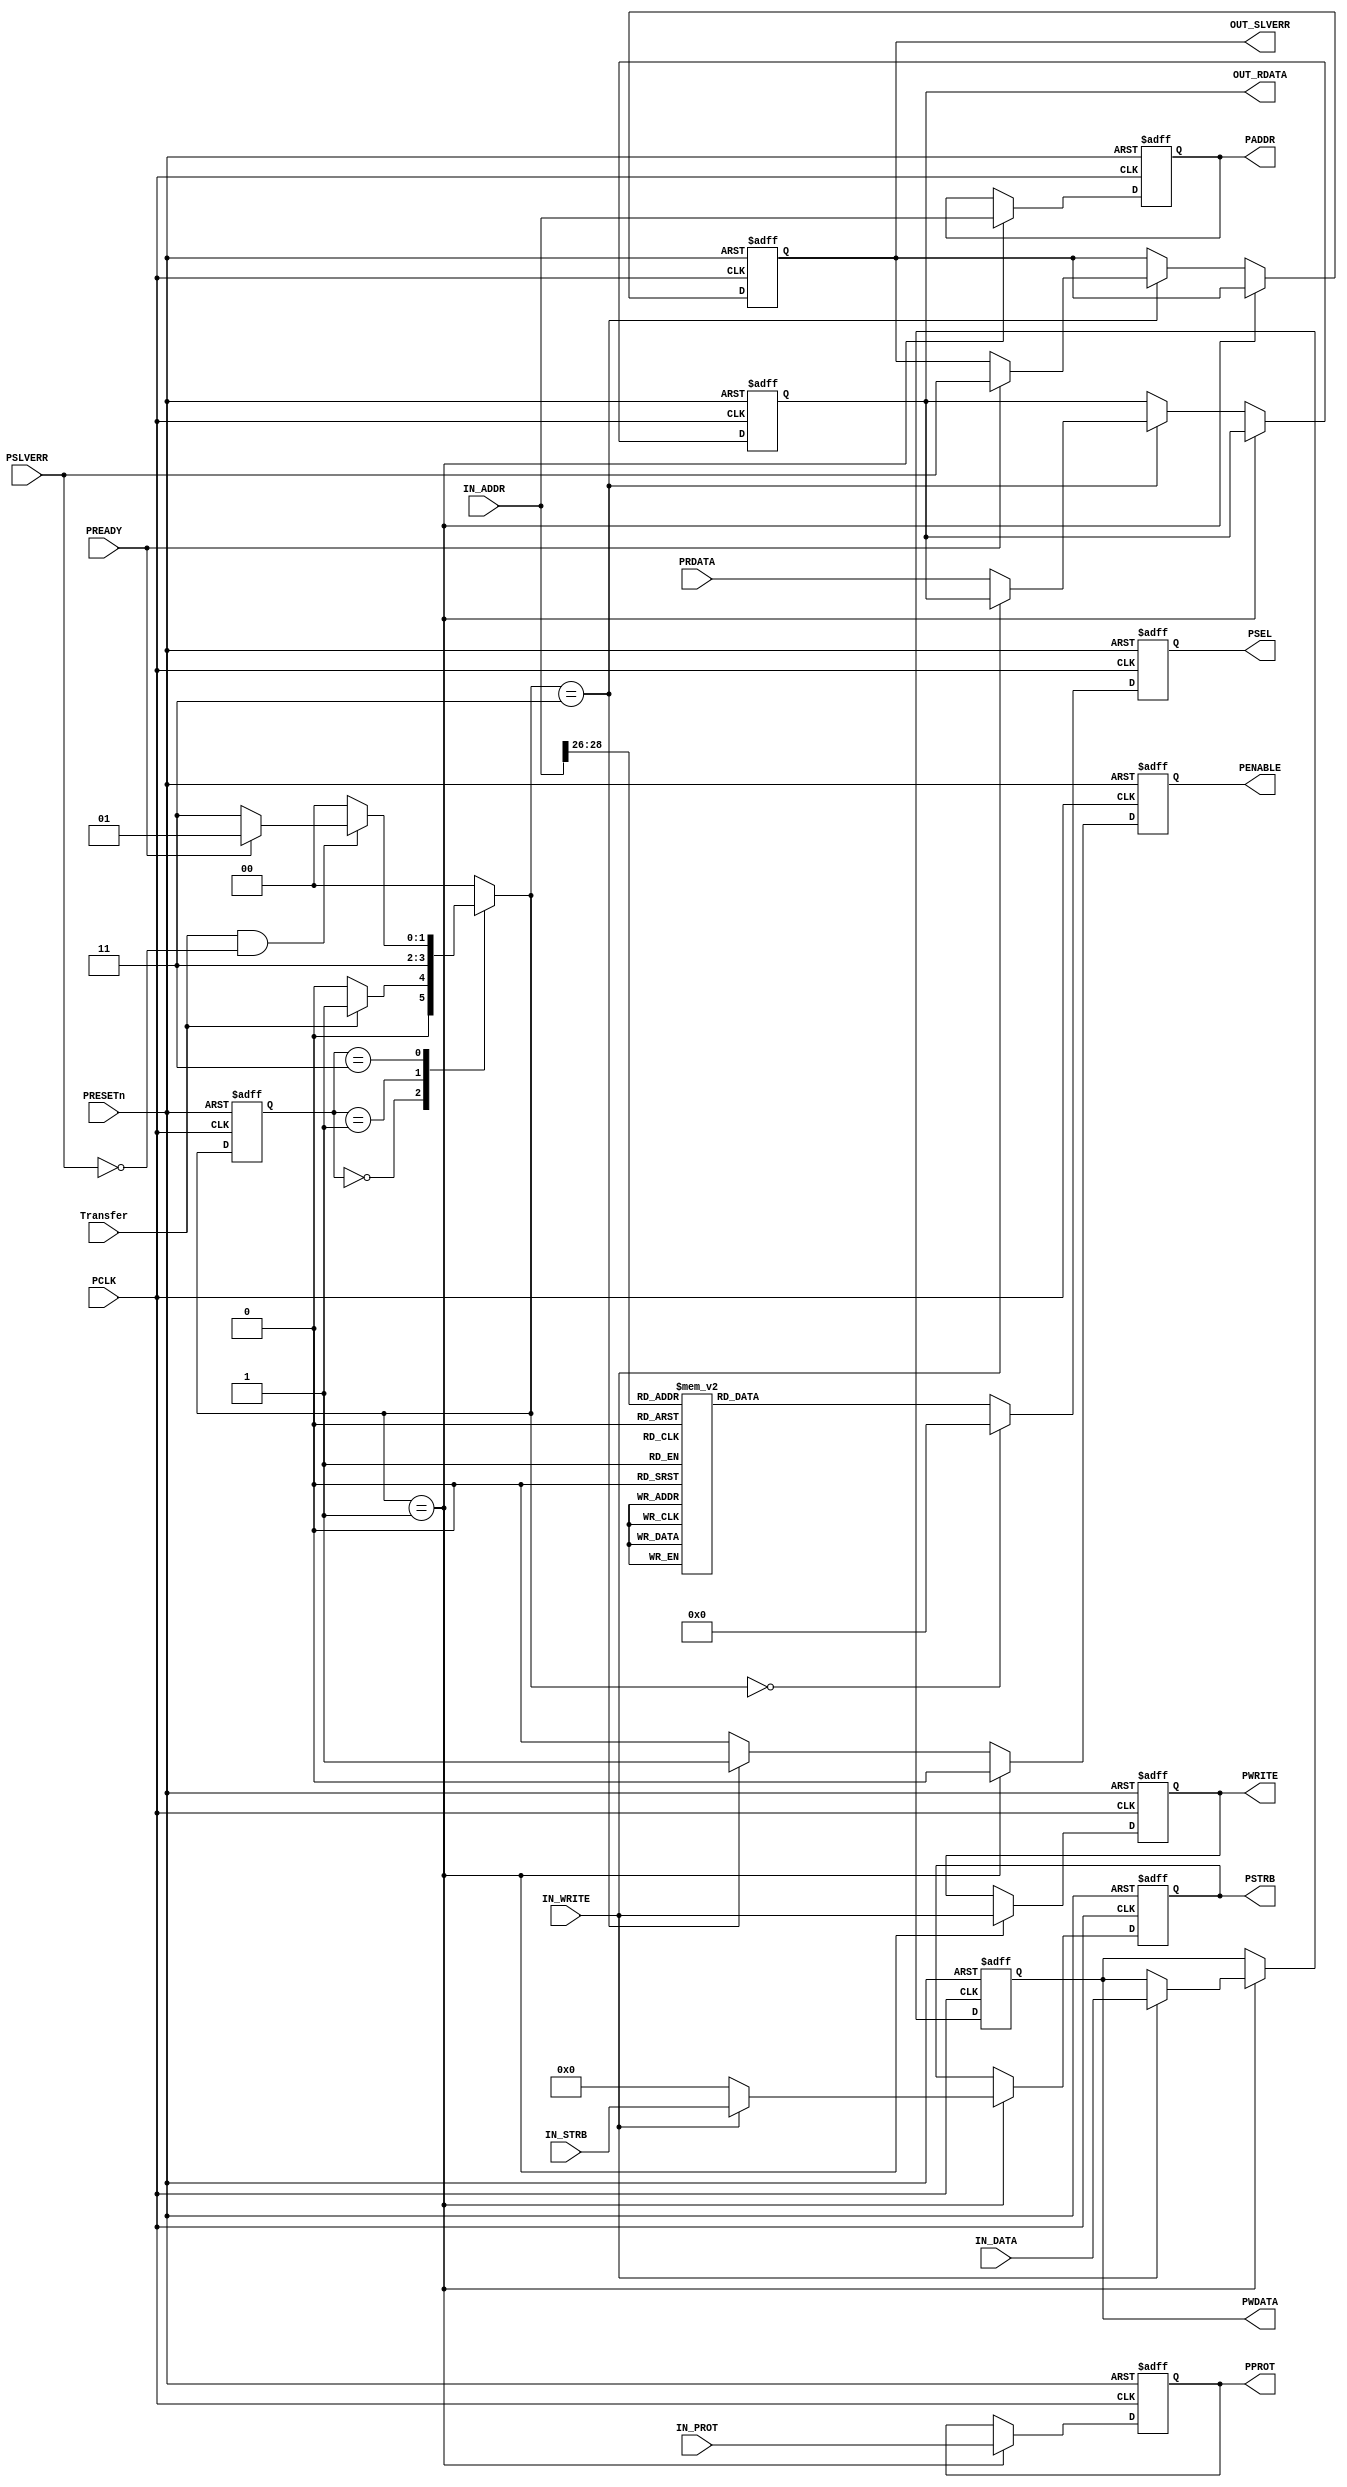
////////////////////////////////////////////////////////////////////////////////// 
// Design Name:  APB_Master_Bridge
// Module Name:  APB_Master_Bridge
// Project Name: AMBA BUS Assignment
// 
// Description:  The AHB-APB bridge is an AHB slave, providing an interface between
//               the high-speed AHB domain and the low-power APB domain. 
//               Read and write Transfers on the AHB are converted into corresponding
//               Transfers on the APB through a master interface.
// 
// Team Members: 1- Mohamed Hosam Elden Abd Alhakim Abd Alhady
//               2- Fatma Ali Gamal Eldin Mohammed
//               3- Fatma Hazem Abdel Salam Mohamed
//               4- Tasneem Abo El-Esaad Abd El-Razik Abo El-Esaad 
//               5- Hadeer Muhammed Ali Abdo Saleh
//               6- Yousef Sherif Abdel Fadil
//////////////////////////////////////////////////////////////////////////////////

////////////////////////////////////////////////////////
//////////////// Module Difinition ///////////////////// 
////////////////////////////////////////////////////////
module APB_MASTER #(parameter DATA_WIDTH = 'd32,  ADDRESS_WIDTH = 'd32, STRB_WIDTH = 'd4, SLAVES_NUM = 'd8) (
input  wire                      PCLK       ,
input  wire                      PRESETn    ,
input  wire  [ADDRESS_WIDTH-1:0] IN_ADDR    ,
input  wire  [DATA_WIDTH-1:0]    IN_DATA    ,
input  wire  [DATA_WIDTH-1:0]    PRDATA     ,
input  wire  [2:0]               IN_PROT    ,
input  wire                      IN_WRITE   ,
input  wire  [STRB_WIDTH-1:0]    IN_STRB    ,
input  wire                      Transfer   ,
input  wire                      PREADY     ,
input  wire                      PSLVERR    ,

output reg                       OUT_SLVERR ,
output reg   [DATA_WIDTH-1:0]    OUT_RDATA  ,
output reg   [ADDRESS_WIDTH-1:0] PADDR      ,
output reg   [DATA_WIDTH-1:0]    PWDATA     ,
output reg                       PWRITE     ,
output reg                       PENABLE    ,
output reg   [2:0]               PPROT      ,
output reg   [STRB_WIDTH-1:0]    PSTRB      ,
output reg     [SLAVES_NUM-1:0]  PSEL
  ); 

  //////////////////////////////////////////////////////
 //////////////// Control Signals /////////////////////
//////////////////////////////////////////////////////
  reg  [1:0]  current_state , 
              next_state    ;

  //////////////////////////////////////////////////////
 ///////// States Encoded in Gray Encoding ////////////
//////////////////////////////////////////////////////
  localparam   [1:0]   IDLE     = 2'b00 ,
                       SETUP    = 2'b01 ,
                       ENABLE   = 2'b11 ;
  
  //////////////////////////////////////////////////////
 //////////////// State Transition ////////////////////
//////////////////////////////////////////////////////
  always @(posedge PCLK or negedge PRESETn)
    begin
      if(!PRESETn)
        begin
          current_state <= IDLE;          
        end
      else
        begin
          current_state <= next_state; 
        end 
    end

////////////////////////////////////////////////////////
///////////////// Next State Logic  /////////////////////
////////////////////////////////////////////////////////
  always@(*)
    begin
      case(current_state)            
            IDLE:   begin 
                      if(!Transfer)
                        begin
                          next_state = IDLE ;
                        end
                      else
                        begin
                          next_state = SETUP ; 
                        end
                    end
            SETUP:  begin
                      next_state = ENABLE ;
                    end
            ENABLE: begin
                      if(Transfer & !PSLVERR)
                        begin
                          if(PREADY)
                            begin
                              next_state = SETUP ;
                            end
                          else
                            begin
                              next_state = ENABLE ;
                            end
                        end
                      else 
                        begin
                         next_state = IDLE ;
                        end
                    end
            default: next_state = IDLE ; 
      endcase
    end

////////////////////////////////////////////////////////
////////////////// Address Decoding ///////////////////// 
////////////////////////////////////////////////////////
  always @(posedge PCLK, negedge PRESETn) 
    begin
      if (!PRESETn)
        begin
     	    PSEL = 'b0 ;
        end
      else if (next_state == IDLE)
        begin
          PSEL = 'b0 ;
        end
      else
        begin
     	    case(IN_ADDR[28:26])
            3'b000: begin 
                      PSEL = 'b0000_0001 ;
                    end
            3'b001: begin 
                      PSEL = 'b0000_0010 ;
                    end
            3'b010: begin 
                      PSEL = 'b0000_0100 ;
                    end
            3'b011: begin 
                      PSEL = 'b0000_1000 ;
                    end
            3'b100: begin 
                      PSEL = 'b0001_0000 ;
                    end
            3'b101: begin 
                      PSEL = 'b0010_0000 ;
                    end
            3'b110: begin 
                      PSEL = 'b0100_0000 ;
                    end
            3'b111: begin 
                      PSEL = 'b1000_0000 ;
                    end
            default:begin 
                      PSEL = 'b0000_0000 ;
                    end
          endcase
        end
    end

  /////////////////////////////////////////////////////
 ///////////////// OUTPUT LOGIC //////////////////////                                                
/////////////////////////////////////////////////////
 always @(posedge PCLK, negedge PRESETn)
   begin
     if(!PRESETn) 
       begin
         PENABLE    <= 1'b0 ;
         PADDR      <=  'b0 ;
         PWDATA     <=  'b0 ;
         PWRITE     <= 1'b0 ;
         OUT_RDATA  <=  'b0 ;
         PSTRB      <=  'b0 ;
         PPROT      <= 3'b0 ;
         OUT_SLVERR <= 1'b0 ;
       end
     else if(next_state == SETUP)
       begin
         PENABLE   <= 1'b0     ;
         PADDR     <= IN_ADDR  ;
         PWRITE    <= IN_WRITE ;
         PPROT     <= IN_PROT  ;
         if(IN_WRITE)
           begin
             PWDATA <= IN_DATA ;
             PSTRB  <= IN_STRB ;
           end
         else 
           begin
             PSTRB <= 'b0 ;
           end 
       end
     else if(next_state == ENABLE)
       begin
         PENABLE <= 1'b1;
         if(PREADY)
           OUT_SLVERR <= PSLVERR ;
           begin
             if(!IN_WRITE)
               begin
                 OUT_RDATA <= PRDATA ;
               end
           end
       end 
      else
        begin
          PENABLE <= 1'b0;
        end 

   end 

 endmodule